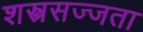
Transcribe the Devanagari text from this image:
शस्त्रसज्जता